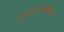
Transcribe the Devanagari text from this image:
प्रकाशकांकडून